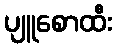
ပျူစောထီး